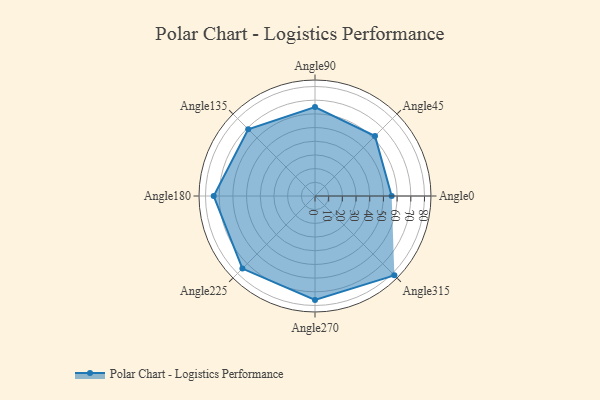
{"axis": {"x": "Angle", "y": "Radius"}, "legend": [""], "data": [{"x": "Angle0", "y": 56.0, "type": ""}, {"x": "Angle45", "y": 62.0, "type": ""}, {"x": "Angle90", "y": 65.0, "type": ""}, {"x": "Angle135", "y": 69.0, "type": ""}, {"x": "Angle180", "y": 74.0, "type": ""}, {"x": "Angle225", "y": 75.0, "type": ""}, {"x": "Angle270", "y": 76.0, "type": ""}, {"x": "Angle315", "y": 82.0, "type": ""}]}